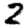
Digit: 2